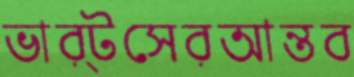
ভার্টসেরআন্তব